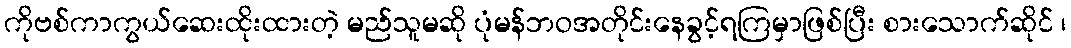
ကိုဗစ်ကာကွယ်ဆေးထိုးထားတဲ့ မည်သူမဆို ပုံမန်ဘဝအတိုင်းနေခွင့်ရကြမှာဖြစ်ပြီး စားသောက်ဆိုင် ၊